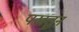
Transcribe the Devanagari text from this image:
पख़तुन